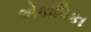
એકાધિકા